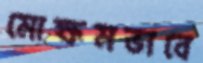
মোক্ষমভাবে